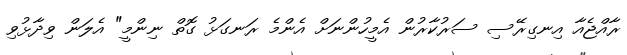
ރާއްޖެއާ އިނގިރޭސި ސަރުކާރުން އެމީހުންނަށް އެންމެ ރަނގަޅު ގޮތް ނިންމީ" އެލަން ވިދާޅުވި